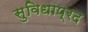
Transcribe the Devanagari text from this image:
सुविधाप्रद